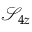
\mathcal { S } _ { 4 z }